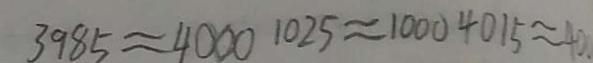
3 9 8 5 \approx 4 0 0 0 1 0 2 5 \approx 1 0 0 0 4 0 1 5 = 4 0 .